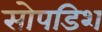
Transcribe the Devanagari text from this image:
सोपडिश